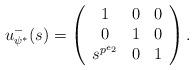
LaTeX: \begin{align*} u^-_{\psi^*}(s) = \left(\begin{array}{c c c} 1 & 0 & 0 \\ 0 & 1 & 0 \\ s^{p^{e_2}} & 0 & 1 \end{array}\right) .\end{align*}